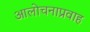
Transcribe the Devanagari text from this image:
आलोचनाप्रवाह